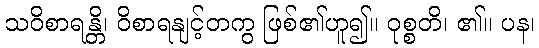
သဝိစာရန္တိ၊ ဝိစာရနျင့်တကွ ဖြစ်၏ဟူ၍။ ဝုစ္စတိ၊ ၏။ ပန၊